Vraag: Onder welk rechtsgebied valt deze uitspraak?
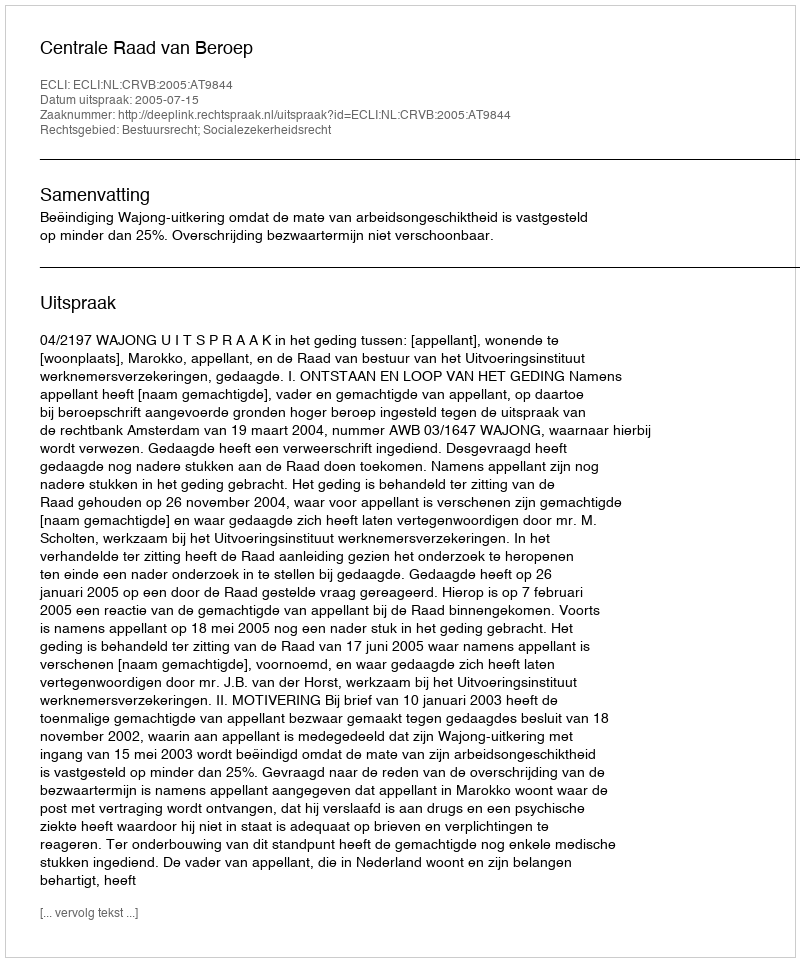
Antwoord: Bestuursrecht; Socialezekerheidsrecht